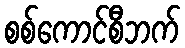
စစ်ကောင်စီဘက်